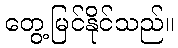
တွေ့မြင်နိုင်သည်။